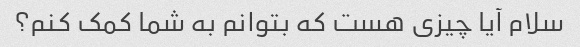
سلام آیا چیزی هست که بتوانم به شما کمک کنم؟